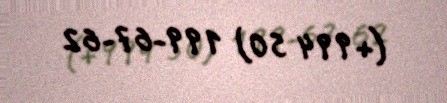
(+994 50) 199-67-62